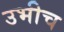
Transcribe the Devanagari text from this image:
उभीच